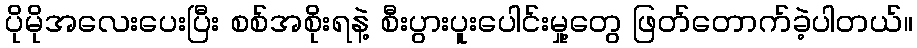
ပိုမိုအလေးပေးပြီး စစ်အစိုးရနဲ့ စီးပွားပူးပေါင်းမှု့တွေ ဖြတ်တောက်ခဲ့ပါတယ်။